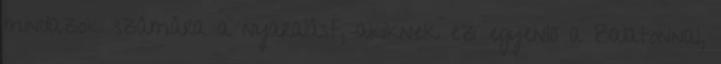
mindazok számára a nyaralást, akiknek ez egyenlő a Balatonnal,